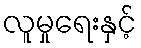
လူမှုရေးနှင့်